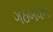
ગઠબધન